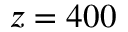
z = 4 0 0